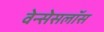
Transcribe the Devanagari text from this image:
वेन्सेसलॉस